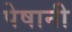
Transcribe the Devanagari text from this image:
पेषानी